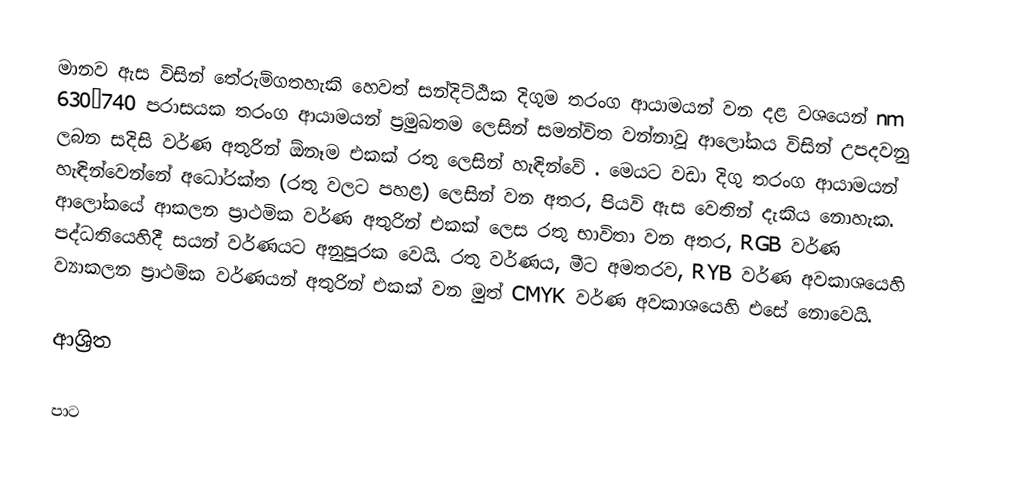
මානව ඇස විසින් තේරුම්ගතහැකි හෙවත් සන්දිට්ඨික දිගුම තරංග ආයාමයන් වන දළ වශයෙන් nm 630–740 පරාසයක තරංග ආයාමයන් ප්‍රමුඛතම ලෙසින් සමන්විත වන්නාවූ ආලෝකය   විසින් උපදවනු ලබන සදිසි වර්ණ අතුරින් ඕනෑම එකක් රතු ලෙසින් හැඳින්වේ . මෙයට වඩා දිගු තරංග ආයාමයන් හැඳින්වෙන්නේ අධෝරක්ත (රතු වලට පහළ) ලෙසින් වන අතර, පියවි ඇස වෙතින් දැකිය නොහැක. ආලෝකයේ ආකලන ප්‍රාථමික වර්ණ අතුරින් එකක් ලෙස රතු භාවිතා වන අතර, RGB වර්ණ පද්ධතියෙහිදී  සයන් වර්ණයට අනුපූරක වෙයි. රතු වර්ණය, මීට අමතරව,  RYB වර්ණ අවකාශයෙහි ව්‍යාකලන ප්‍රාථමික වර්ණයන් අතුරින් එකක් වන මුත්  CMYK වර්ණ අවකාශයෙහි එසේ නොවෙයි.

ආශ්‍රිත

පාට